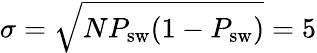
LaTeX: \sigma=\sqrt{NP_{\mathrm{sw}}(1-P_{\mathrm{sw}})}=5